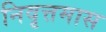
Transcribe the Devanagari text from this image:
निवृत्तमास